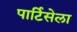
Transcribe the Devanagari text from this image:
पार्टिसेला